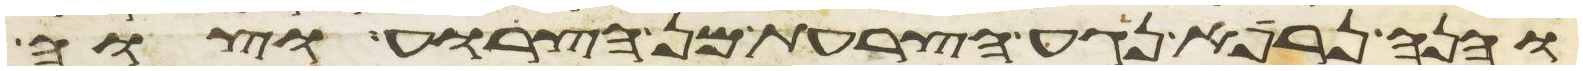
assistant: והנה נרפא נגע הצרעת מן הצרוע וצוה